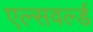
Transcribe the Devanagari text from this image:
एल्सवर्ल्ड